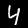
Digit: 4